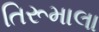
તિરૂમાલા